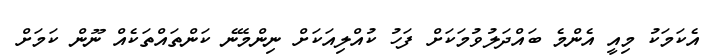
އެކަމަކު މިއީ އެންމެ ބައްދަލުވުމަކަށް ފަހު ކުއްލިއަކަށް ނިންމޭނެ ކަންތައްތަކެއް ނޫން ކަމަށް